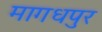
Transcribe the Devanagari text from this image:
मागधपुर